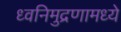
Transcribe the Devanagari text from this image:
ध्वनिमुद्रणामध्ये